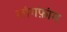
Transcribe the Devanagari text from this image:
लांगफ़ांग